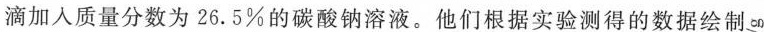
滴加入质量分数为26.5\%的碳酸钠溶液。他们根据实验测得的数据绘制